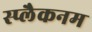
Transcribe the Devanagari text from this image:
स्प्लैकनम